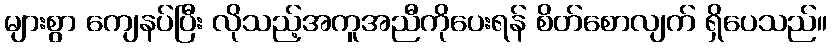
များစွာ ကျေနပ်ပြီး လိုသည့်အကူအညီကိုပေးရန် စိတ်စောလျက် ရှိပေသည်။